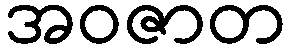
အဝဇာတ